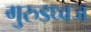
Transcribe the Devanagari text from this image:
गुरुडध्वज